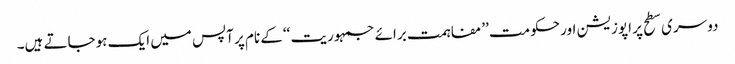
دوسری سطح پر اپوزیشن اور حکومت ’’مفاہمت برائے جمہوریت ‘‘کے نام پر آپس میں ایک ہوجاتے ہیں۔